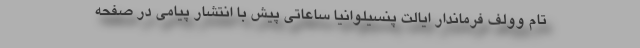
تام وولف فرماندار ایالت پنسیلوانیا ساعاتی پیش با انتشار پیامی در صفحه